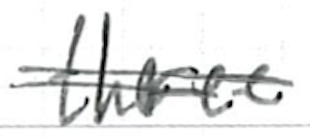
Text: three
Cross-out: double-line
Writing tool: ballpoint